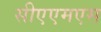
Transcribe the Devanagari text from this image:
सीएएमएस